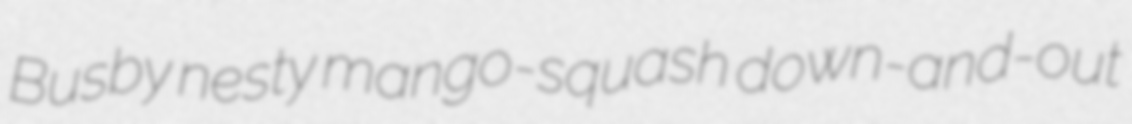
Busby nesty mango-squash down-and-out